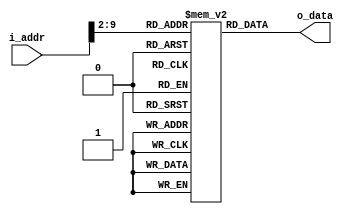
module rom(i_addr, o_data);
  
  	parameter MEM_WIDTH = 128;
  
	input  [31:0] i_addr;
	output [31:0] o_data;
  
  	reg [31:0] memory [0:MEM_WIDTH];

  	assign o_data = memory[i_addr[31:2]];

endmodule